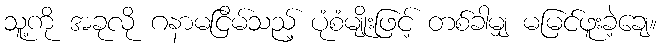
သူ့ကို အခုလို ဂနာမငြိမ်သည့် ပုံစံမျိုးဖြင့် တစ်ခါမျှ မမြင်ဖူးခဲ့ချေ။